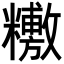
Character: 𥼼